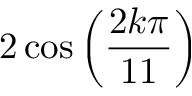
2 \cos \left( { \frac { 2 k \pi } { 1 1 } } \right)